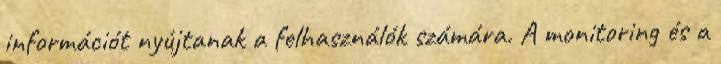
információt nyújtanak a felhasználók számára. A monitoring és a